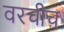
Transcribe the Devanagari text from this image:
वरचीच